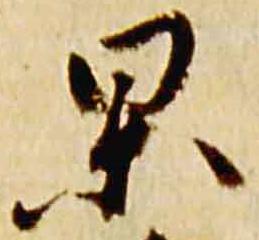
杲